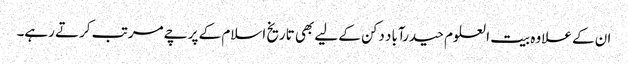
ان کے علاوہ بیت العلوم حیدرآباد دکن کے لیے بھی تاریخ اسلام کے پرچے مرتب کرتے رہے۔